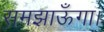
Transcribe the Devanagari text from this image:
समझाऊँगा।